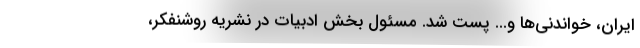
ایران، خواندنی‌ها و... پست شد. مسئول بخش ادبیات در نشریه روشنفکر،